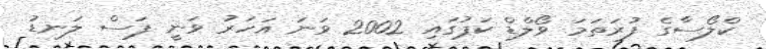
ކްލޯސާގެ ފުރަތަމަ ވޯލްޑް ކަޕުގައި 2002 ވަނަ އަހަރު ވަނީ ފަސް ލަނޑު